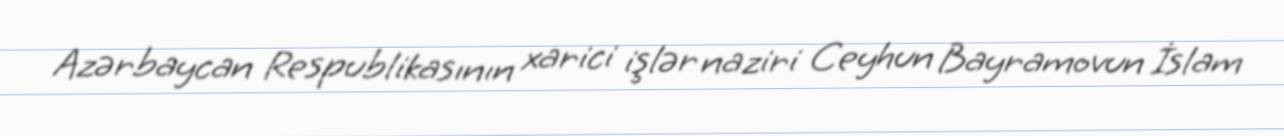
Azərbaycan Respublikasının xarici işlər naziri Ceyhun Bayramovun İslam